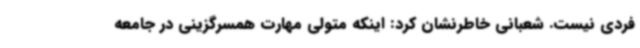
فردی نیست. شعبانی خاطرنشان کرد: اینکه متولی مهارت همسرگزینی در جامعه